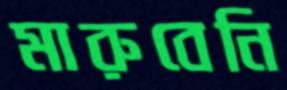
মারুবেনি